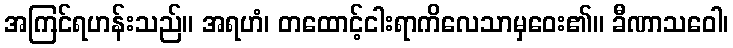
အကြင်ရဟန်းသည်။ အရဟံ၊ တထောင့်ငါးရာကိလေသာမှဝေး၏။ ခီဏာသဝေါ၊